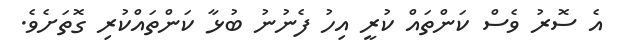
އެ ސޮރު ވެސް ކަންތައް ކުރީ އިހު ފެނުނު ބުޅާ ކަންތައްކުރި ގޮތަށެވެ.